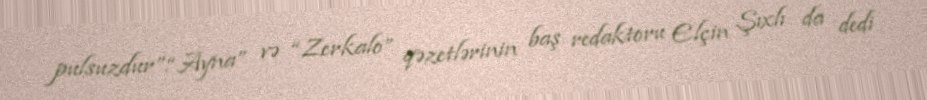
pulsuzdur”.“Ayna” və “Zerkalo” qəzetlərinin baş redaktoru Elçin Şıxlı da dedi